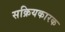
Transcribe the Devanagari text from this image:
सक्रियकारक